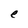
Character: e